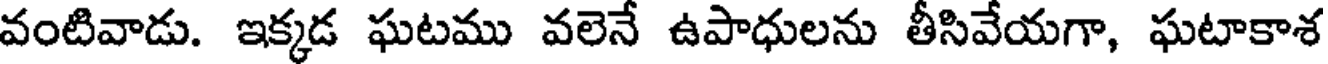
వంటివాడు. ఇక్కడ ఘటము వలెనే ఉపాధులను తీసివేయగా, ఘటాకాశ